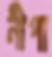
নীপা